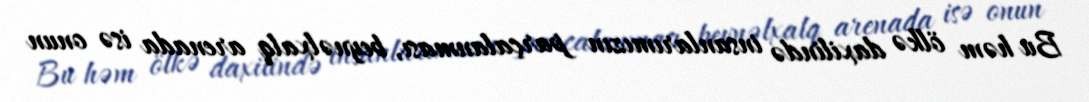
Bu həm ölkə daxilində insanlarımızın parçalanması, beynəlxalq arenada isə onun